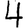
Digit: 4